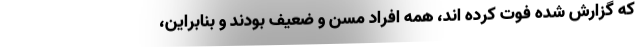
که گزارش شده فوت کرده اند، همه افراد مسن و ضعیف بودند و بنابراین،